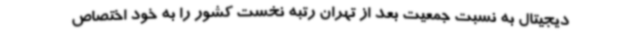
دیجیتال به نسبت جمعیت بعد از تهران رتبه نخست کشور را به خود اختصاص